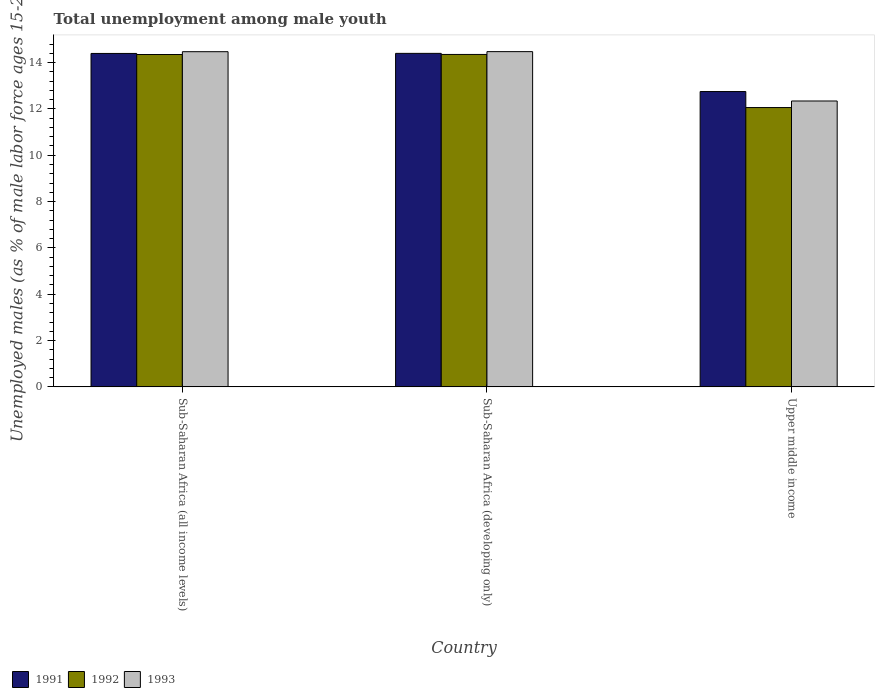
| Country | 1991 | 1992 | 1993 |
 | --- | --- | --- | --- |
 | Sub-Saharan Africa (all income levels) | 14.4 | 14.3 | 14.5 |
 | Sub-Saharan Africa (developing only) | 14.4 | 14.4 | 14.5 |
 | Upper middle income | 12.8 | 12.1 | 12.3 |